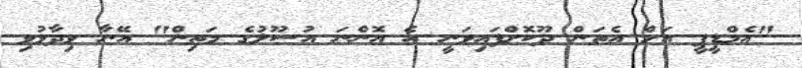
"އެމްޑީޕީ އަށް އެތަން ދޫކޮށްފައިވަނީ އެ އޮންނަ އުސޫލުގެ މަތިން" އޭނާ ވިދާޅުވި